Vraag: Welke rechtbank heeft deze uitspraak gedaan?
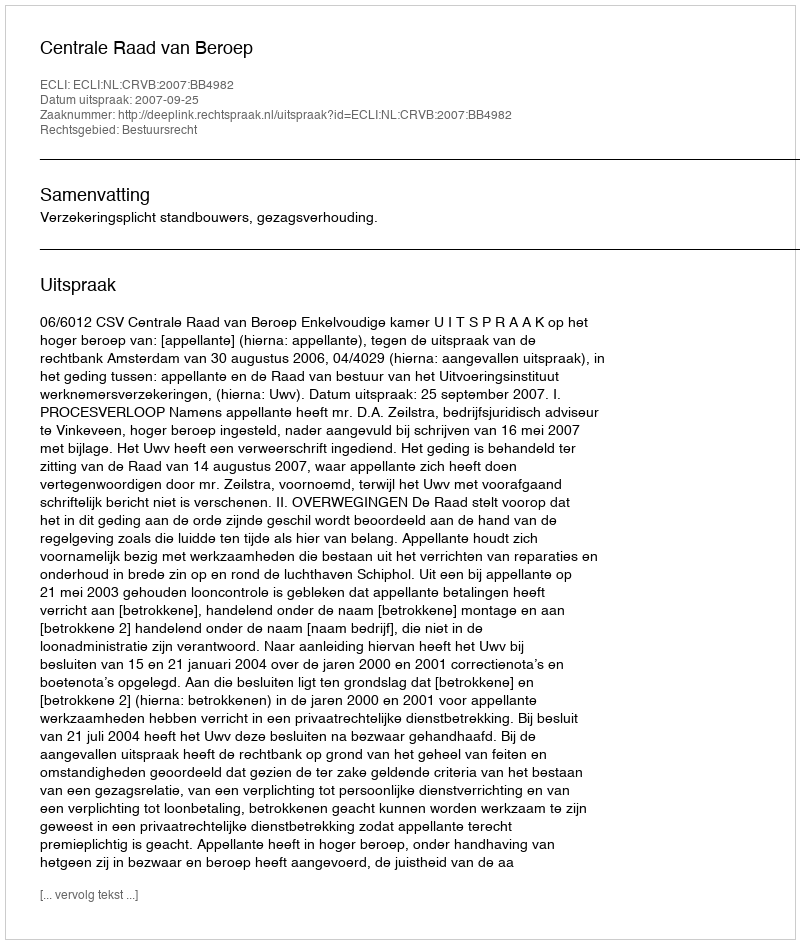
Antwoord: Centrale Raad van Beroep